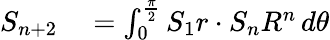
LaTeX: \begin{array}{rl}{S_{n+2}}&{{}=\int_{0}^{\frac{\pi}{2}}S_{1}r\cdot S_{n}R^{n}\, d\theta}\end{array}